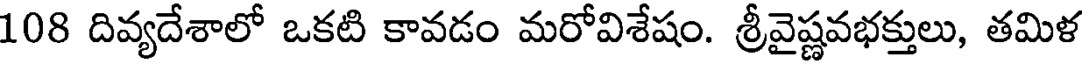
108 దివ్యదేశాలో ఒకటి కావడం మరోవిశేషం. శ్రీవైష్ణవభక్తులు, తమిళ